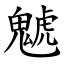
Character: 䰧